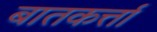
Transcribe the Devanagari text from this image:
बातकर्त्ता